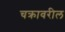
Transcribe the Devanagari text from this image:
चक्रावरील